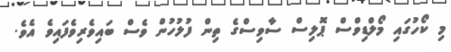
މި ކޯހުގައި މޯލްޑިވްސް ޕޮލިސް ސާވިސްގެ ތިން ފުލުހުން ވެސް ބައިވެރިވެފައިވެ އެވެ.